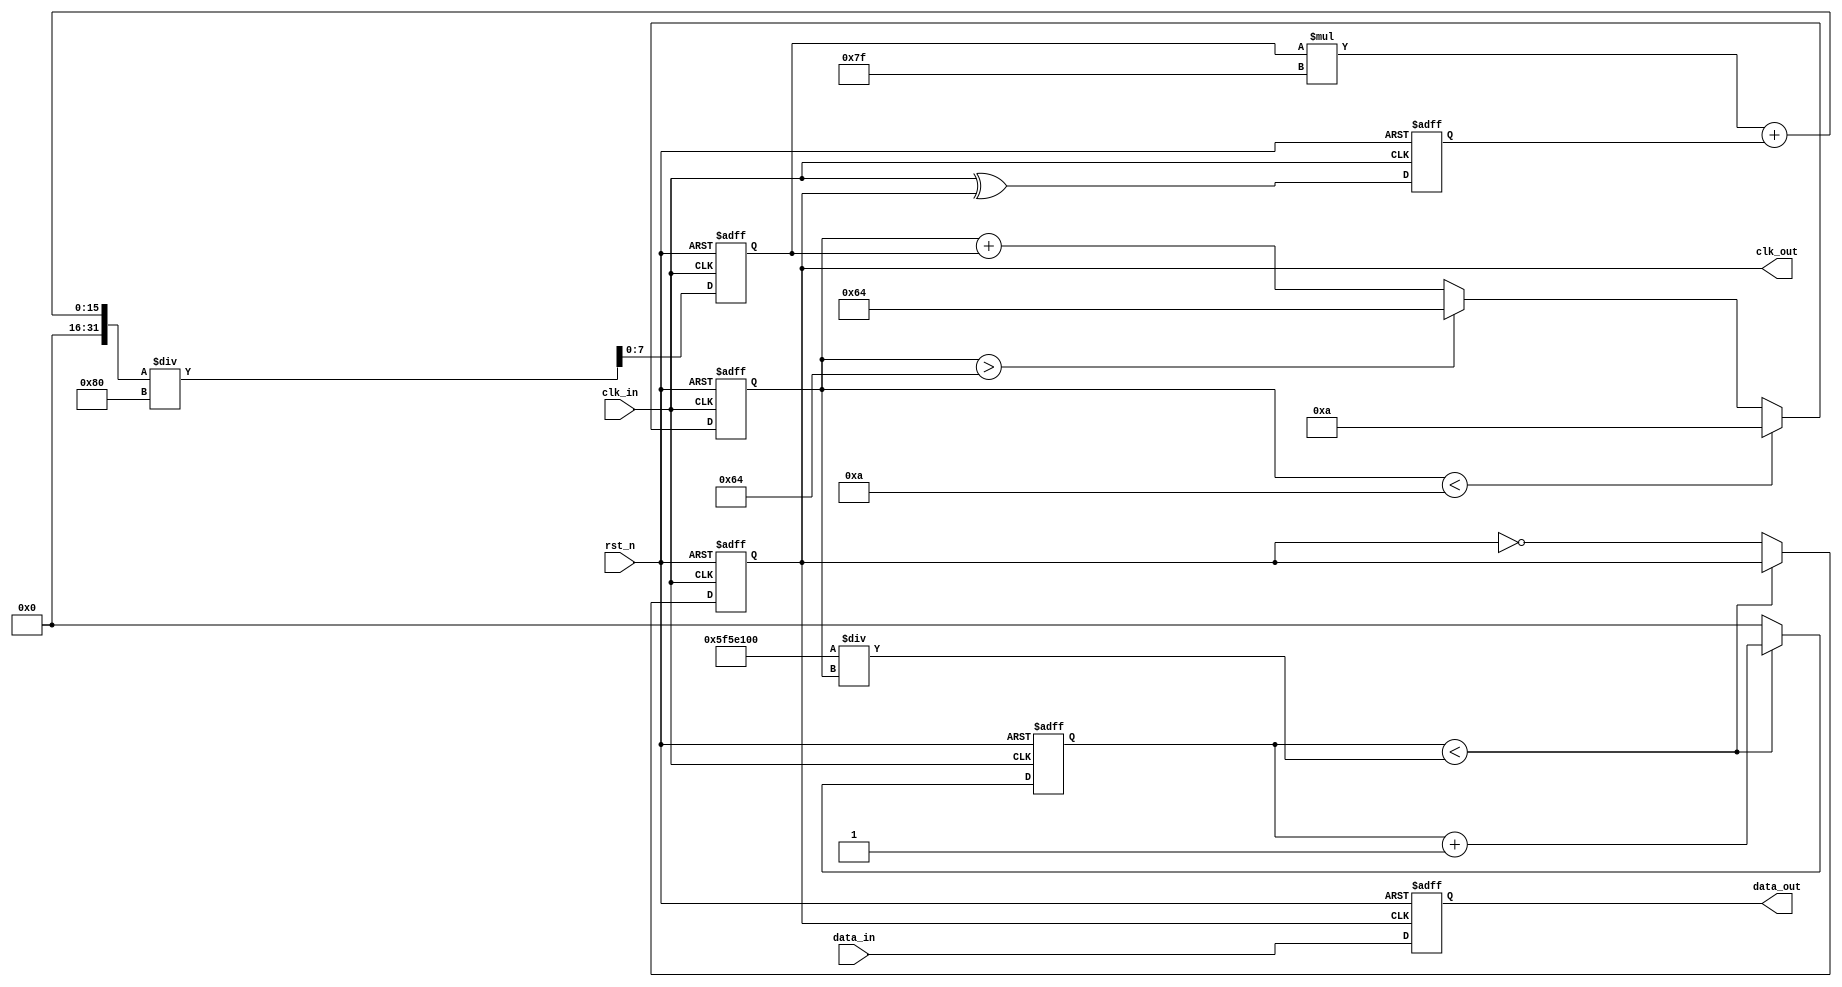
module pll_synchronizer (
    input wire clk_in,          // Incoming clock signal
    input wire data_in,         // Incoming data signal
    input wire rst_n,           // Active low reset
    output reg clk_out,         // Output clock signal
    output reg data_out         // Synchronized data output
);

    // Parameters for PLL design
    parameter PHASE_DETECTOR_DELAY = 1; // Delay for phase detection
    parameter LOOP_FILTER_COEFF = 8'd128; // Loop filter coefficient
    parameter VCO_MAX_FREQ = 100; // Max VCO frequency
    parameter VCO_MIN_FREQ = 10;  // Min VCO frequency
    
    // Internal signals
    reg [7:0] vco_freq; // VCO frequency control
    reg phase_error;    // Phase error signal
    reg [7:0] loop_filter; // Loop filter output
    reg [15:0] counter;  // Counter for VCO clock generation

    // Phase Detector
    always @(posedge clk_in or negedge rst_n) begin
        if (!rst_n) begin
            phase_error <= 1'b0;
        end else begin
            // Simple phase error detection (idealized)
            // Here you may implement a more complex phase detection logic
            phase_error <= (clk_in ^ clk_out); // XOR to find phase difference
        end
    end

    // Loop Filter
    always @(posedge clk_in or negedge rst_n) begin
        if (!rst_n) begin
            loop_filter <= 8'd0;
        end else begin
            // Simple low-pass filter implementation
            loop_filter <= (loop_filter * (LOOP_FILTER_COEFF - 1) + phase_error) / LOOP_FILTER_COEFF;
        end
    end

    // Voltage-Controlled Oscillator (VCO)
    always @(posedge clk_in or negedge rst_n) begin
        if (!rst_n) begin
            vco_freq <= (VCO_MAX_FREQ + VCO_MIN_FREQ) / 2; // Start at nominal freq
        end else begin
            // Adjust VCO frequency based on loop filter output
            vco_freq <= vco_freq + loop_filter[7:0];
            if (vco_freq > VCO_MAX_FREQ) vco_freq <= VCO_MAX_FREQ;
            if (vco_freq < VCO_MIN_FREQ) vco_freq <= VCO_MIN_FREQ;
        end
    end

    // Generate VCO output clock based on vco_freq
    always @(posedge clk_in or negedge rst_n) begin
        if (!rst_n) begin
            clk_out <= 1'b0;
            counter <= 16'd0;
        end else begin
            // Simple VCO clock generation based on frequency
            if (counter < (100000000 / vco_freq)) begin // Assuming clk_in is 100MHz
                counter <= counter + 1;
            end else begin
                clk_out <= ~clk_out;
                counter <= 16'd0;
            end
        end
    end

    // Data Synchronizer
    always @(posedge clk_out or negedge rst_n) begin
        if (!rst_n) begin
            data_out <= 1'b0;
        end else begin
            data_out <= data_in; // Sample data on VCO clock edge
        end
    end

endmodule